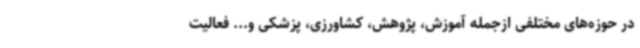
در حوزه‌های مختلفی ازجمله آموزش، پژوهش، کشاورزی، پزشکی و... فعالیت